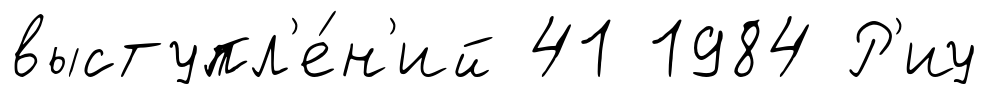
выступл'е́н'ий 41 1984 Р'иу